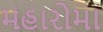
મહારોમા